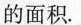
的面积。